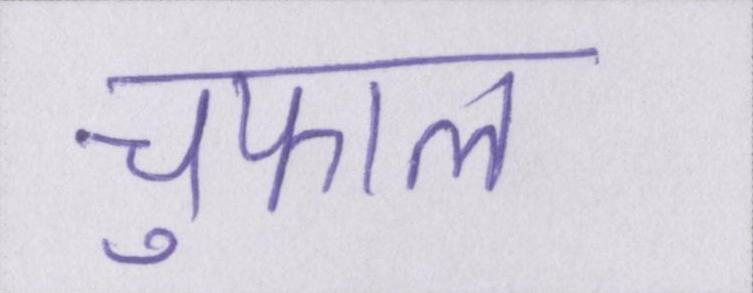
चुफाल